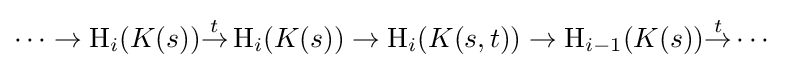
\cdots \to \operatorname {H} _{i}(K(s)){\overset {t}{\to }}\operatorname {H} _{i}(K(s))\to \operatorname {H} _{i}(K(s,t))\to \operatorname {H} _{i-1}(K(s)){\overset {t}{\to }}\cdots